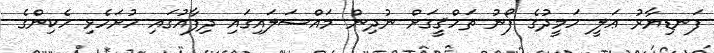
ފަނޑިޔާރު ޢަލީ ހަމީދުގެ ފޯނު ތަހްޤީގަށް ނުދިން މައްސަލައިގައި ދިފާއުގައި ހުށަހެޅި ހެކިންގެ